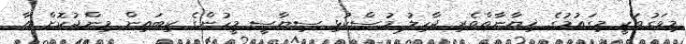
މިވަގުތަކީ މިގައުމުގެ ޚިޔާނާތްތެރި ޖާހިލު މުސްކުޅި ސިޔާސީ މީހުންގެ ކިބައިން މިންޖުކޮށް އާ